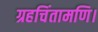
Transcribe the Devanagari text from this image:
ग्रहचिंतामणि।